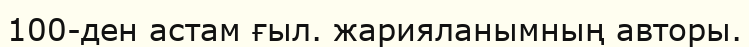
100-ден астам ғыл. жарияланымның авторы.